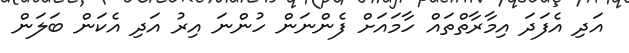
އަދި އެފަދަ އިމާރާތްތައް ހާމައަށް ފެންނަން ހުންނަ އިރު އަދި އެކަން ބަލަން